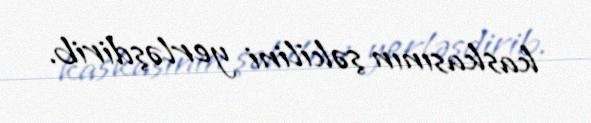
kaskasının şəkilini yerləşdirib.